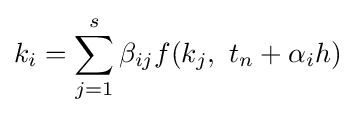
k_{i}=\sum _{j=1}^{s}\beta _{ij}f(k_{j},\ t_{n}+\alpha _{i}h)